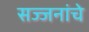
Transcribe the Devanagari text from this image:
सज्जनांचे